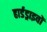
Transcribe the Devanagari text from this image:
हार्डड्राइवों